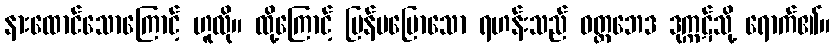
နားထောင်သောကြောင့် ဟူလို။ ထို့ကြောင့် ပြန်မပြောသော ရဟန်းသည် ဝတ္တဘေဒ ဒုက္ကဋ်သို့ ရောက်၏။